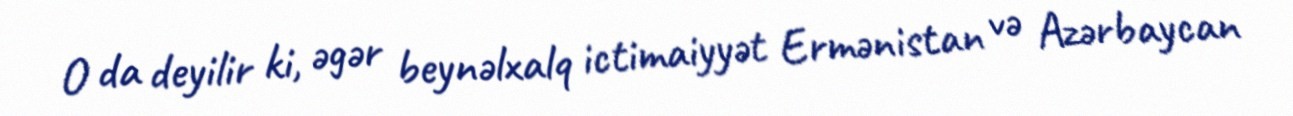
O da deyilir ki, əgər beynəlxalq ictimaiyyət Ermənistan və Azərbaycan